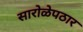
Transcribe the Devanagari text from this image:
सारोळेपठार